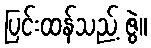
ပြင်းထန်သည့် ဇွဲ။